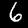
Digit: 6